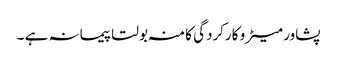
پشاور میٹرو کارکردگی کا منہ بولتا پیمانہ ہے ۔